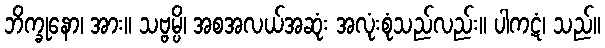
ဘိက္ခုနော၊ အား။ သဗ္ဗမ္ပိ၊ အစအလယ်အဆုံး အလုံးစုံသည်လည်း။ ပါကဋံ၊ သည်။